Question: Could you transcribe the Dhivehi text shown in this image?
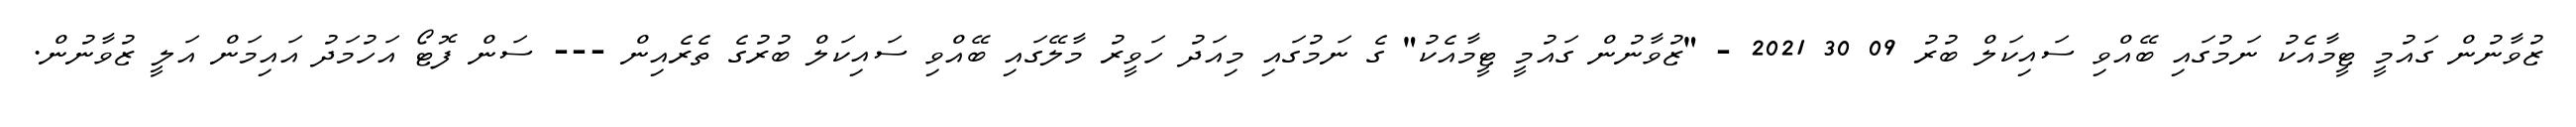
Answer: ޒުވާނުން ގައުމީ ޓީމާއެކު ނަމުގައި ބޭއްވި ސައިކަލް ބުރު 09 30 2021 - "ޒުވާނުން ގައުމީ ޓީމާއެކު" ގެ ނަމުގައި މިއަދު ހަވީރު މާލޭގައި ބޭއްވި ސައިކަލް ބުރުގެ ތެރެއިން --- ސަން ފޮޓޯ އަހުމަދު އައިމަން އަލީ ޒުވާނުން.